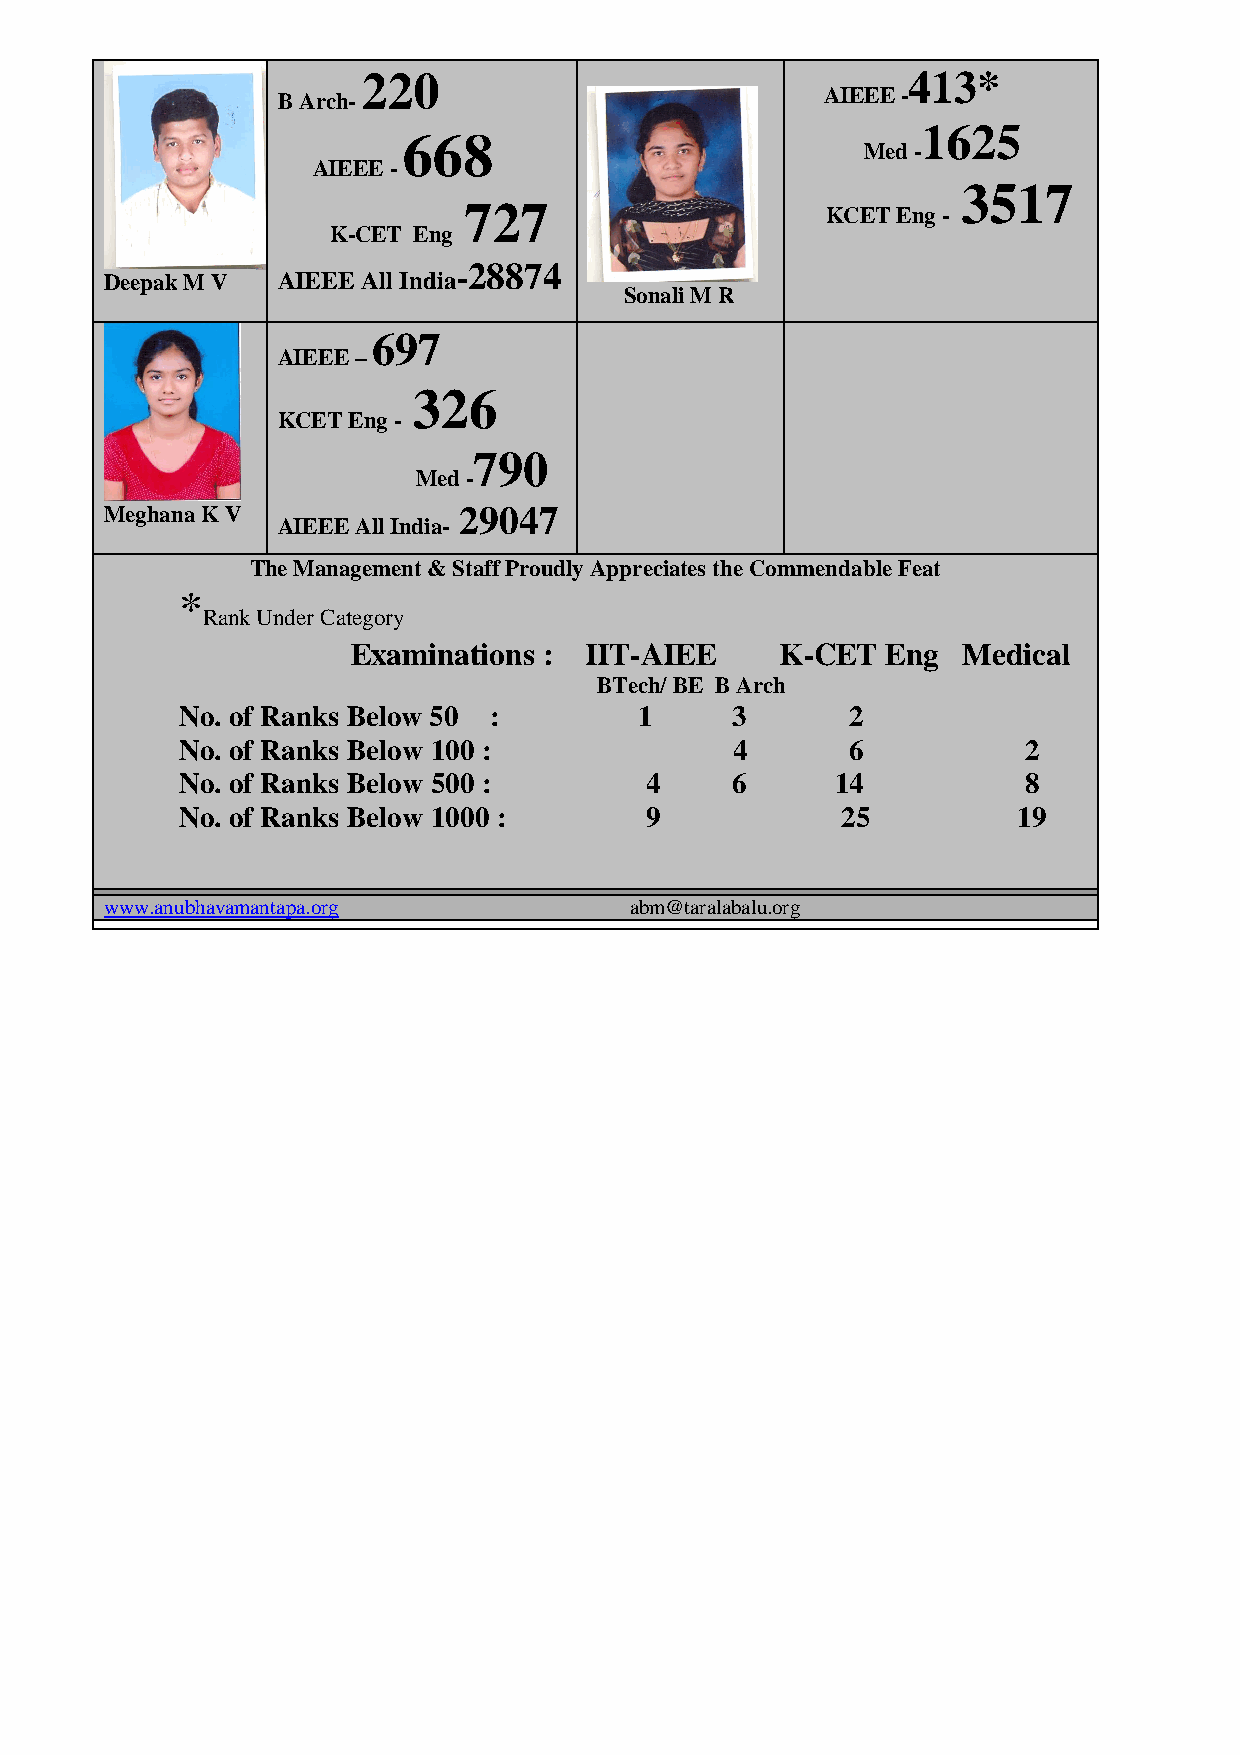
220                                 413*
 B Arch-                              AIEEE -
 1625
 668
 Med -
 AIEEE -
 3517
 727
 KCET Eng -
 K-CET Eng
 Deepak M V AIEEE All
 India-28874
 Sonali M R
 697
 AIEEE –
 326
 KCET Eng -
 790
 Med -
 Meghana K V
 AIEEE All India-
 29047
 The Management & Staff Proudly Appreciates the Commendable Feat
 *
 Rank Under Category
 Examinations :  IIT-AIEE     K-CET  Eng  Medical
 BTech/ BE B Arch
 No. of Ranks Below 50 :       1     3       2
 No. of Ranks Below 100 :            4       6           2
 No. of Ranks Below 500 :       4    6      14           8
 No. of Ranks Below 1000 :      9            25         19
 www.anubhavamantapa.org            abm@taralabalu.org